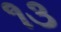
૧૩